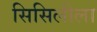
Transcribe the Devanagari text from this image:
सिसिलीला